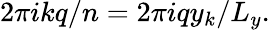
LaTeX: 2\pi ikq/n=2\pi iqy_{k}/L_{y}.